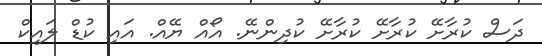
ދަސް ކުރާށޭ ކުރާށޭ ކުރާށޭ ކުދިންނޭ. އޯއް ޔޭއް. އައި ކުޑް ލައިކް